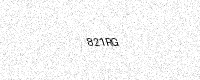
Text: 821RG